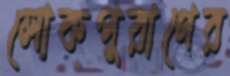
লোকপুরাণের